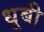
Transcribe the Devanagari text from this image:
धूबी